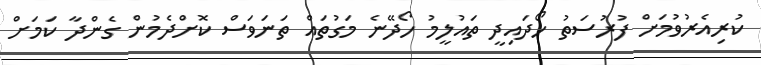
ކުރިއެރުވުމަށް ފުރުސަތު ހޯދައިދީ ތައުލީމު ހޯދޭނެ މަގުތައް ތަނަވަސް ކޮށްދެމުން ގެންދާ ކަމަށް